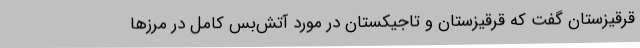
قرقیزستان گفت که قرقیزستان و تاجیکستان در مورد آتش‌بس کامل در مرزها